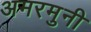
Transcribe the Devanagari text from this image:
अमरमुनी